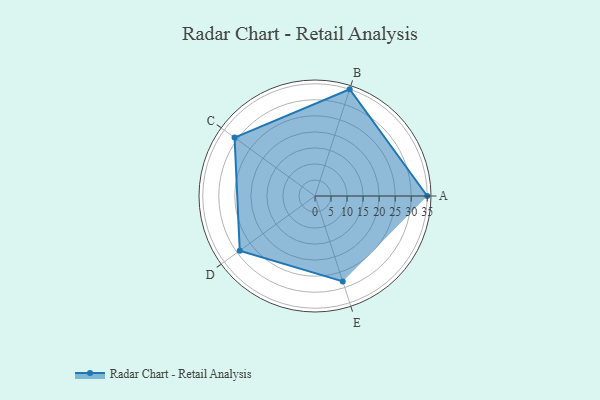
{"axis": {"x": "Skill", "y": "Score"}, "legend": ["Profile"], "data": [{"x": "A", "y": 35.0, "type": "Profile"}, {"x": "B", "y": 35.0, "type": "Profile"}, {"x": "C", "y": 31.0, "type": "Profile"}, {"x": "D", "y": 29.0, "type": "Profile"}, {"x": "E", "y": 28.0, "type": "Profile"}]}